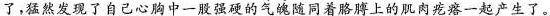
了,猛然发现了自己心脑中一股强硬的气魄随同着胳膊上的肌肉疙瘩一起产生了。